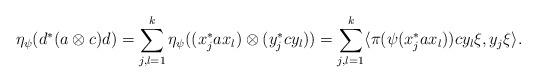
LaTeX: \begin{align*} \eta_{\psi}(d^\ast(a\otimes c)d) = \sum_{j,l=1}^k \eta_{\psi}((x_j^\ast a x_l) \otimes (y_j^\ast c y_l)) = \sum_{j,l=1}^k \langle \pi(\psi(x_j^\ast a x_l)) c y_l \xi, y_j \xi\rangle. \end{align*}